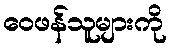
ဝေဖန်သူများကို